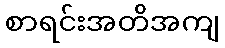
စာရင်းအတိအကျ